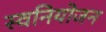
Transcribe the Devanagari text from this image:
स्वनियोजन